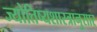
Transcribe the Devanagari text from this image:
ज्योतिष्यशास्त्रानुसार